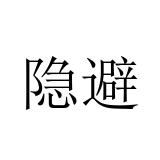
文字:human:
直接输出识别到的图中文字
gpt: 隐避